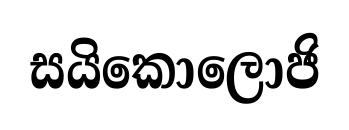
සයිකොලොජි